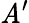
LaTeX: \mathit{A}^{\prime}